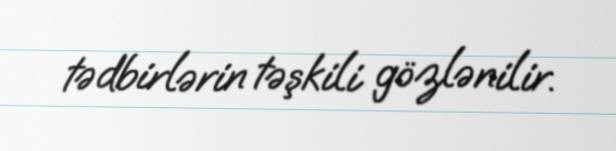
tədbirlərin təşkili gözlənilir.